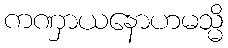
ကဏှာယနောဟမသ္မိ